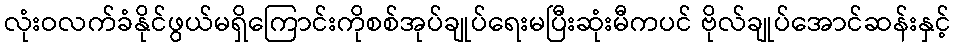
လုံးဝလက်ခံနိုင်ဖွယ်မရှိကြောင်းကိုစစ်အုပ်ချုပ်ရေးမပြီးဆုံးမီကပင် ဗိုလ်ချုပ်အောင်ဆန်းနှင့်